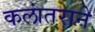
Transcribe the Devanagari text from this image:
कलांतराने